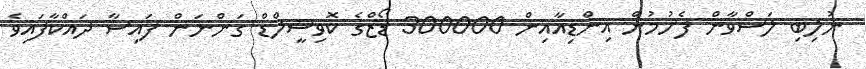
ނުލިބި ލަސްވާން ފެށުމުން އިންޑިއާއިން 300000 ޑޯޒްގެ ކޮވިޝީލްޑް ގަންނަން ފައިސާ ދައްކާފައިވެ